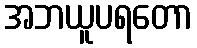
အဘယူပရတော